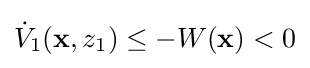
{\dot {V}}_{1}(\mathbf {x} ,z_{1})\leq -W(\mathbf {x} )<0